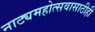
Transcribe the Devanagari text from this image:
नाट्यमहोत्सवासाठीही